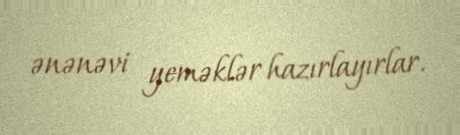
ənənəvi yeməklər hazırlayırlar.